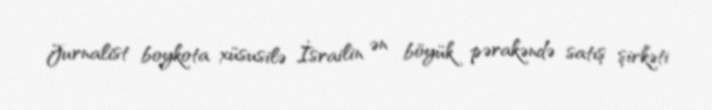
Jurnalist boykota xüsusilə İsrailin ən böyük pərakəndə satış şirkəti